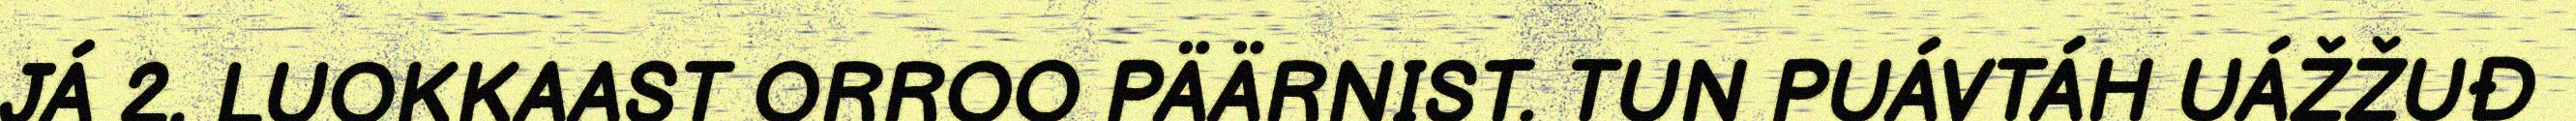
JÁ 2. LUOKKAAST ORROO PÄÄRNIST. TUN PUÁVTÁH UÁŽŽUĐ